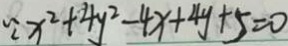
\because x ^ { 2 } + 4 y ^ { 2 } - 4 x + 4 y + 5 = 0